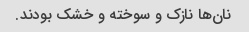
نان‌ها نازک و سوخته و خشک بودند.